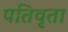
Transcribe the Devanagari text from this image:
पतिवृता